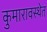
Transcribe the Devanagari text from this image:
कुमारावस्थेत